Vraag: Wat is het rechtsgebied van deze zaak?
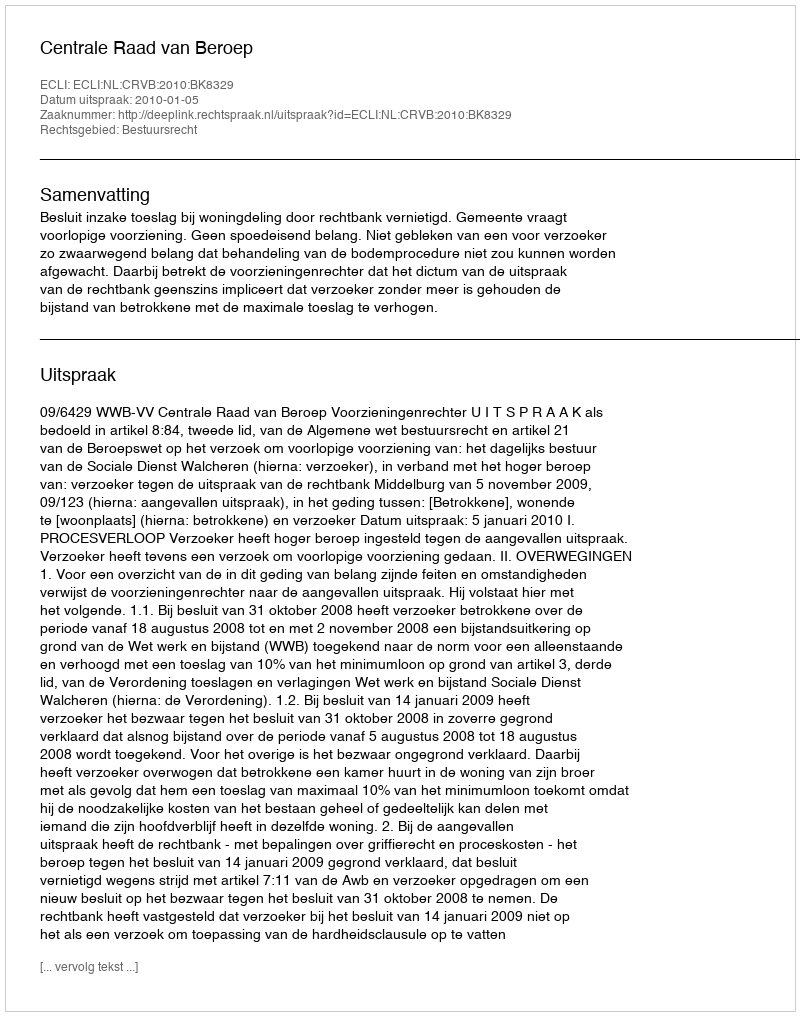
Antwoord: Bestuursrecht